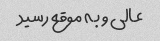
عالی و به موقع رسید